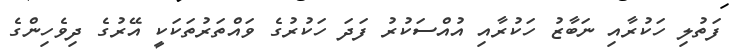
ފަތުލި ހަކުރާއި ނަބާޒު ހަކުރާއި އުއްސަކުރު ފަދަ ހަކުރުގެ ވައްތަރުތަކަކީ އޭރުގެ ދިވެހިންގެ